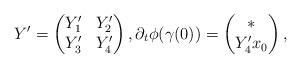
LaTeX: \begin{align*}Y' = \begin{pmatrix}Y'_1 & Y'_2 \\Y'_3 & Y'_4\end{pmatrix}, \partial_t \phi(\gamma(0)) = \begin{pmatrix} * \\ Y'_4 x_0 \end{pmatrix},\end{align*}